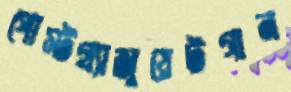
পোস্টগ্র্যাজুয়েটগান